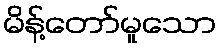
မိန့်တော်မူသော